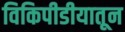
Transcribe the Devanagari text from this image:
विकिपीडीयातून